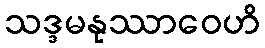
သဒ္ဒမနုဿာဝေဟိ